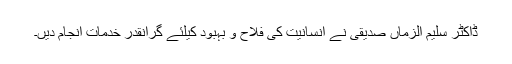
ڈاکٹر سلیم الزماں صدیقی نے انسانیت کی فلاح و بہبود کیلئے گرانقدر خدمات انجام دیں۔